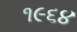
૧૯૬૪